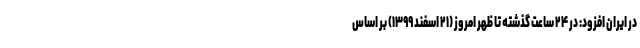
در ایران افزود: در ۲۴ ساعت گذشته تا ظهر امروز (۲۱ اسفند ۱۳۹۹) بر اساس